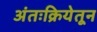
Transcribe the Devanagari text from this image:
अंतःक्रियेतून